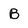
Character: B